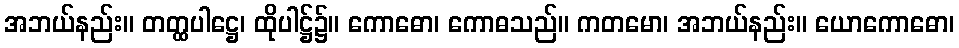
အဘယ်နည်း။ တတ္ထပါဋ္ဌေ၊ ထိုပါဋ္ဌ်၌။ ကောဓော၊ ကောဓသည်။ ကတမော၊ အဘယ်နည်း။ ယောကောဓော၊